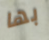
بها